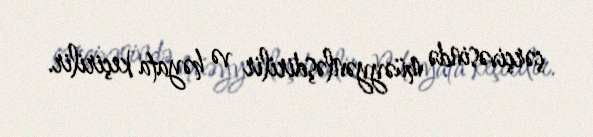
çərçivəsində müəyyənləşdirilir və həyata keçirilir.